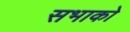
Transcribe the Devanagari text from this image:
सभाको